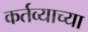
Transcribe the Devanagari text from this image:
कर्तव्याच्या